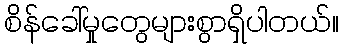
စိန်ခေါ်မှုတွေများစွာရှိပါတယ်။